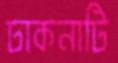
ঢাকনাটি